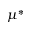
\mu ^ { * }